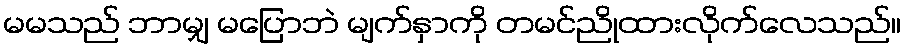
မမသည် ဘာမျှ မပြောဘဲ မျက်နှာကို တမင်ညိုထားလိုက်လေသည်။